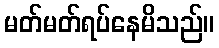
မတ်မတ်ရပ်နေမိသည်။